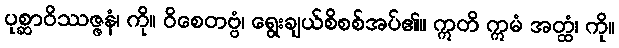
ပုစ္ဆာဝိဿဇ္ဇနံ၊ ကို။ ဝိစေတဗ္ဗံ၊ ရွေးချယ်စိစစ်အပ်၏။ ဣတိ ဣမံ အတ္ထံ၊ ကို။